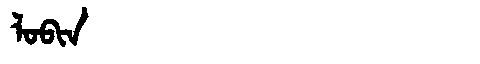
Manchu: ᠯᠣᠪᡳᠨ
Romanization: LOBIN